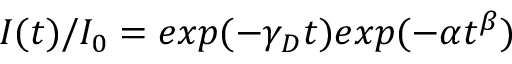
I ( t ) / I _ { 0 } = e x p ( - \gamma _ { D } t ) e x p ( - \alpha t ^ { \beta } )